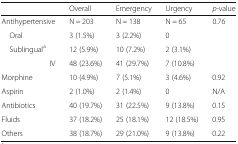
<table><thead><tr><td></td><td><b>Overall</b></td><td><b>Emergency</b></td><td><b>Urgency</b></td><td><b><i>p</i>-value</b></td></tr></thead><tbody><tr><td>Antihypertensive</td><td>N = 203</td><td>N = 138</td><td>N = 65</td><td>0.76</td></tr><tr><td> Oral</td><td>3 (1.5%)</td><td>3 (2.2%)</td><td>0</td><td></td></tr><tr><td> Sublingual<sup>a</sup></td><td>12 (5.9%)</td><td>10 (7.2%)</td><td>2 (3.1%)</td><td></td></tr><tr><td> IV</td><td>48 (23.6%)</td><td>41 (29.7%)</td><td>7 (10.8%)</td><td></td></tr><tr><td>Morphine</td><td>10 (4.9%)</td><td>7 (5.1%)</td><td>3 (4.6%)</td><td>0.92</td></tr><tr><td>Aspirin</td><td>2 (1.0%)</td><td>2 (1.4%)</td><td>0</td><td>N/A</td></tr><tr><td>Antibiotics</td><td>40 (19.7%)</td><td>31 (22.5%)</td><td>9 (13.8%)</td><td>0.15</td></tr><tr><td>Fluids</td><td>37 (18.2%)</td><td>25 (18.1%)</td><td>12 (18.5%)</td><td>0.95</td></tr><tr><td>Others</td><td>38 (18.7%)</td><td>29 (21.0%)</td><td>9 (13.8%)</td><td>0.22</td></tr></tbody></table>